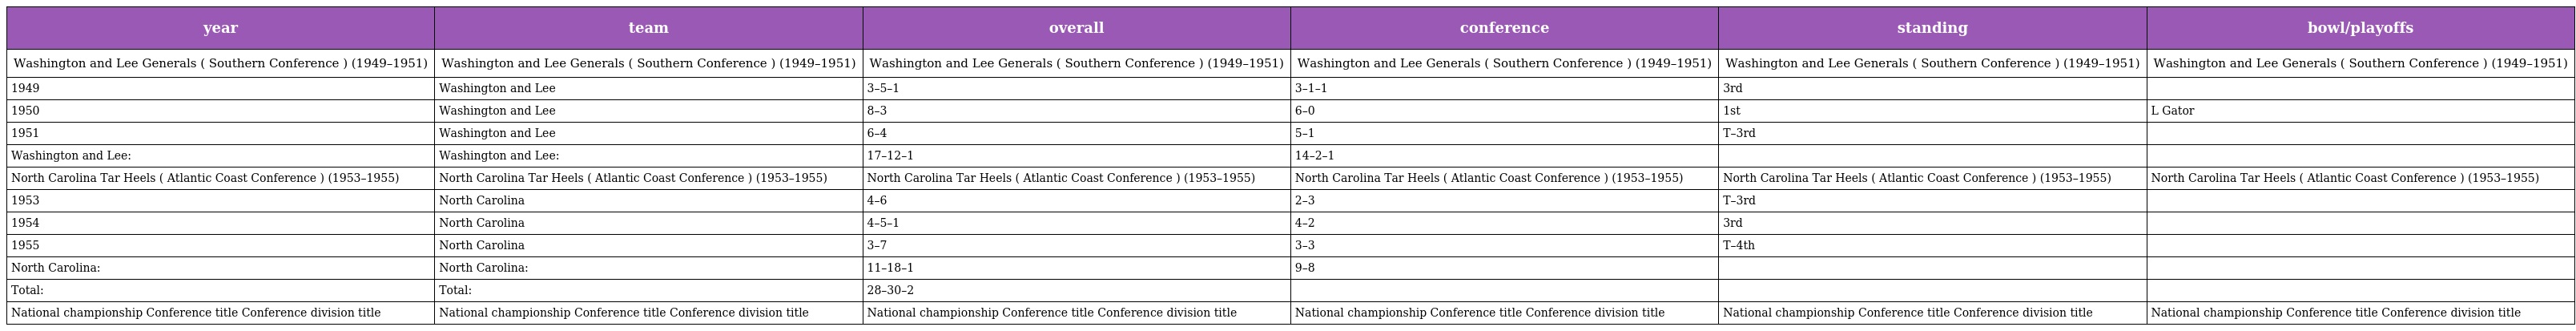
| year | team | overall | conference | standing | bowl/playoffs |
 | --- | --- | --- | --- | --- | --- |
 | Washington and Lee Generals ( Southern Conference ) (1949–1951) | Washington and Lee Generals ( Southern Conference ) (1949–1951) | Washington and Lee Generals ( Southern Conference ) (1949–1951) | Washington and Lee Generals ( Southern Conference ) (1949–1951) | Washington and Lee Generals ( Southern Conference ) (1949–1951) | Washington and Lee Generals ( Southern Conference ) (1949–1951) |
 | 1949 | Washington and Lee | 3–5–1 | 3–1–1 | 3rd |  |
 | 1950 | Washington and Lee | 8–3 | 6–0 | 1st | L Gator |
 | 1951 | Washington and Lee | 6–4 | 5–1 | T–3rd |  |
 | Washington and Lee: | Washington and Lee: | 17–12–1 | 14–2–1 |  |  |
 | North Carolina Tar Heels ( Atlantic Coast Conference ) (1953–1955) | North Carolina Tar Heels ( Atlantic Coast Conference ) (1953–1955) | North Carolina Tar Heels ( Atlantic Coast Conference ) (1953–1955) | North Carolina Tar Heels ( Atlantic Coast Conference ) (1953–1955) | North Carolina Tar Heels ( Atlantic Coast Conference ) (1953–1955) | North Carolina Tar Heels ( Atlantic Coast Conference ) (1953–1955) |
 | 1953 | North Carolina | 4–6 | 2–3 | T–3rd |  |
 | 1954 | North Carolina | 4–5–1 | 4–2 | 3rd |  |
 | 1955 | North Carolina | 3–7 | 3–3 | T–4th |  |
 | North Carolina: | North Carolina: | 11–18–1 | 9–8 |  |  |
 | Total: | Total: | 28–30–2 |  |  |  |
 | National championship Conference title Conference division title | National championship Conference title Conference division title | National championship Conference title Conference division title | National championship Conference title Conference division title | National championship Conference title Conference division title | National championship Conference title Conference division title |